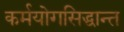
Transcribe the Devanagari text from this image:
कर्मयोगसिद्धान्त